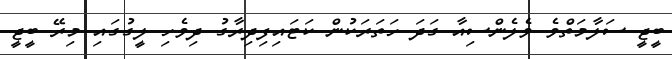
ބީޖީ ސަލާމަތްވެ ވެލެންސިއާ ގަދަ ހަތަރަކުން ކަޓައިފިދިރާގު ދިވެހި ލީގުގައި މިރޭ ބީޖީ